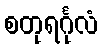
စတုရင်္ဂုလံ